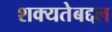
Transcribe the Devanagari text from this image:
शक्यतेबद्दल